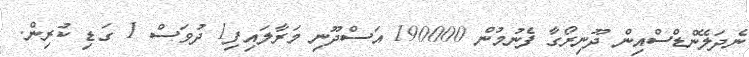
ނެދަލޭންޑްސްއިން ދޫނިރޯގާ ފެނުމުން 190000 އަސްދޫނި މަރާލައިފި1 ދުވަސް 1 ގަޑި ކުރިން.